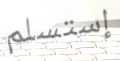
إستسلم